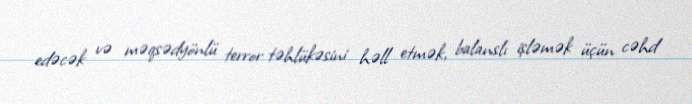
edəcək və məqsədyönlü terror təhlükəsini həll etmək, balanslı işləmək üçün cəhd